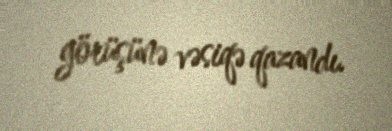
görüşünə vəsiqə qazandı.